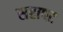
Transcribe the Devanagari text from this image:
सहापट